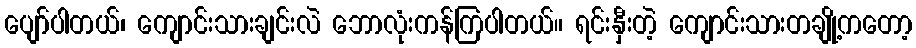
ပျော်ပါတယ်၊ ကျောင်းသားချင်းလဲ ဘောလုံးကန်ကြပါတယ်။ ရင်းနှီးတဲ့ ကျောင်းသားတချို့ကတော့